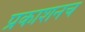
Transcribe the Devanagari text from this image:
प्रकाशनच